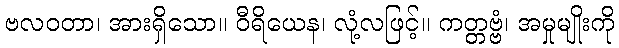
ဗလဝတာ၊ အားရှိသော။ ဝီရိယေန၊ လုံ့လဖြင့်။ ကတ္တဗ္ဗံ၊ အမှုမျိုးကို